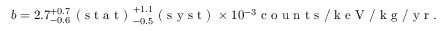
b = 2 . 7 _ { - 0 . 6 } ^ { + 0 . 7 } \mathrm { ~ ( ~ s ~ t ~ a ~ t ~ ) ~ } _ { - 0 . 5 } ^ { + 1 . 1 } \mathrm { ~ ( ~ s ~ y ~ s ~ t ~ ) ~ } \times 1 0 ^ { - 3 } \mathrm { ~ c ~ o ~ u ~ n ~ t ~ s ~ / ~ k ~ e ~ V ~ / ~ k ~ g ~ / ~ y ~ r ~ } .